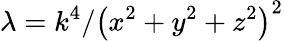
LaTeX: \lambda=k^{4}/\left(x^{2}+y^{2}+z^{2}\right)^{2}